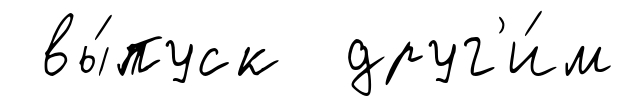
вы́пуск друг'и́м